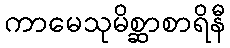
ကာမေသုမိစ္ဆာစာရိနီ